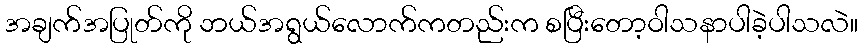
အချက်အပြုတ်ကို ဘယ်အရွယ်လောက်ကတည်းက စပြီးတော့ဝါသနာပါခဲ့ပါသလဲ။